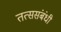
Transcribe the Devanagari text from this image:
तत्ससंबंधी